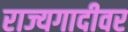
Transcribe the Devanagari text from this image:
राज्यगादीवर